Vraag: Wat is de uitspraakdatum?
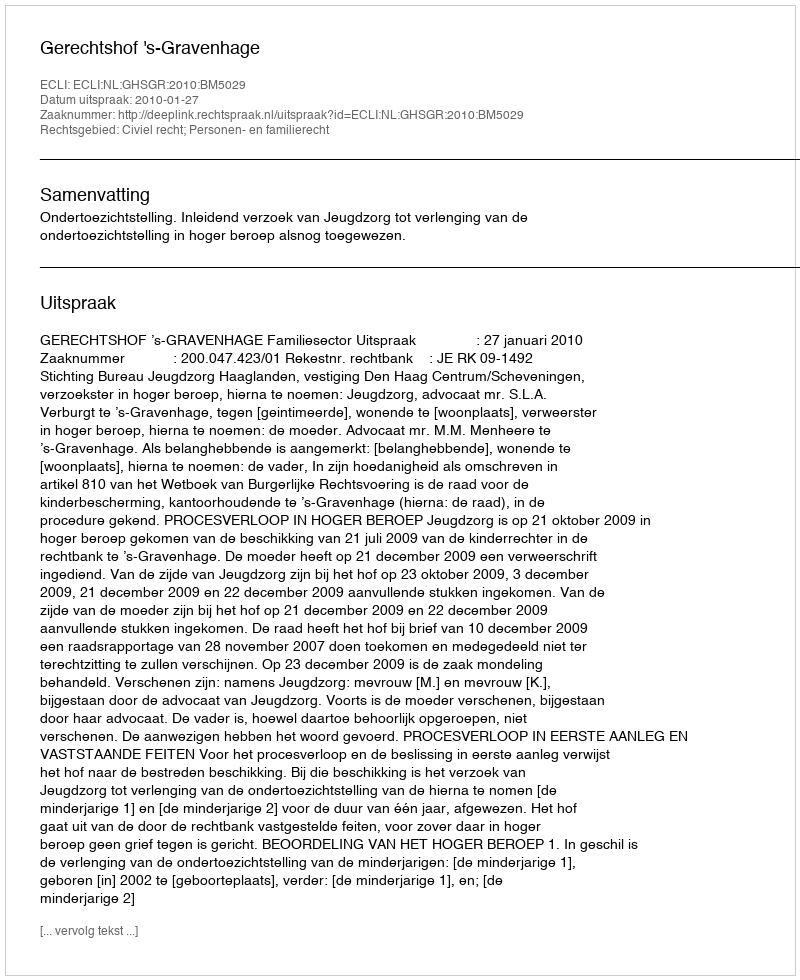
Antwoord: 2010-01-27